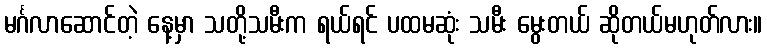
မင်္ဂလာဆောင်တဲ့ နေ့မှာ သတို့သမီးက ရယ်ရင် ပထမဆုံး သမီး မွေးတယ် ဆိုတယ်မဟုတ်လား။